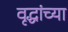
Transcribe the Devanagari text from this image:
वृद्धांच्या